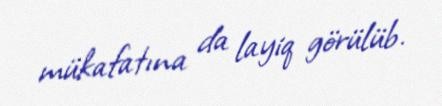
mükafatına da layiq görülüb.